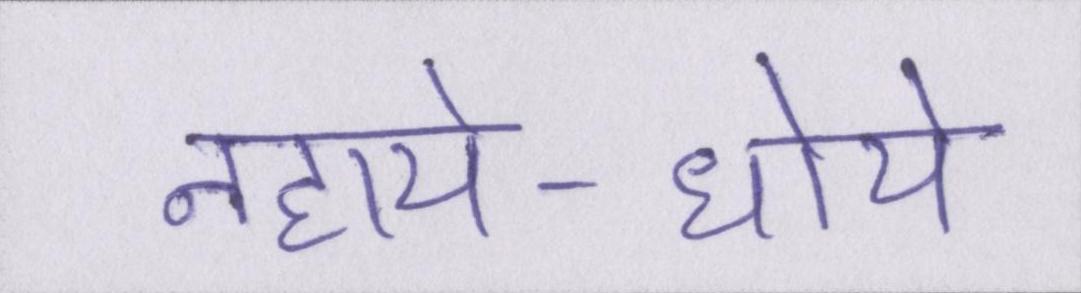
नहाये-धोये